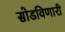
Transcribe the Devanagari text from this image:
सोडविणारी